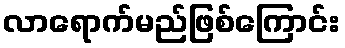
လာရောက်မည်ဖြစ်ကြောင်း